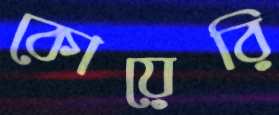
কোয়েরি